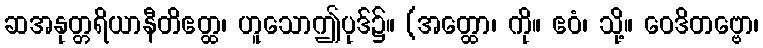
ဆအနုတ္တရိယာနီတိဧတ္ထ၊ ဟူသောဤပုဒ်၌။ (အတ္ထော၊ ကို။ ဧဝံ၊ သို့။ ဝေဒိတဗ္ဗော၊